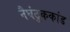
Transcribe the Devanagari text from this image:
नैघंटुककांड